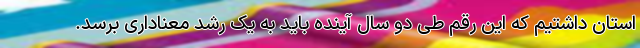
استان داشتیم که این رقم طی دو سال آینده باید به یک رشد معناداری برسد.